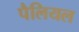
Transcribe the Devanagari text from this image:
पैलियल